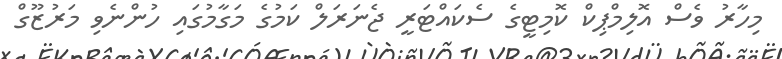
މިހާރު ވެސް އޮލިމްޕިކް ކޮމިޓީގެ ސެކައްޓަރީ ޖެނަރަލް ކަމުގެ މަގާމުގައި ހުންނެވި މަރުޒޫގް